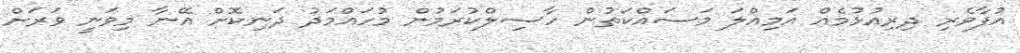
އުފާވެރި ދިރިއުޅުމެއް އަމިއްލަ މަސައްކަތުން ހާސިލްކުރަމުން މުހައްމަދު ދަނިކޮށް އޭނާ މިވަނީ ވަރަށް